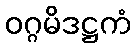
ဝဂ္ဂမိဒဋ္ဌကံ